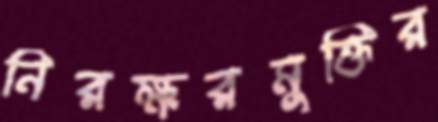
নিরক্ষরমুক্তির